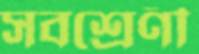
সবশ্রেণী